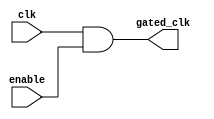
module clock_gating_cell (
    input wire clk,            // Main clock
    input wire enable,         // Clock enable signal
    output wire gated_clk      // Gated clock output
);
    // Gated clock logic using AND gate
    assign gated_clk = clk & enable;
endmodule